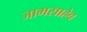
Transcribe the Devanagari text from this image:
जामसाहेब